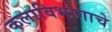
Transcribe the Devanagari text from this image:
कलाविभागाचे